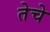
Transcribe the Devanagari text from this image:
तेचे